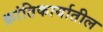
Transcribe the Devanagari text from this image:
क्रांतिकार्यातील